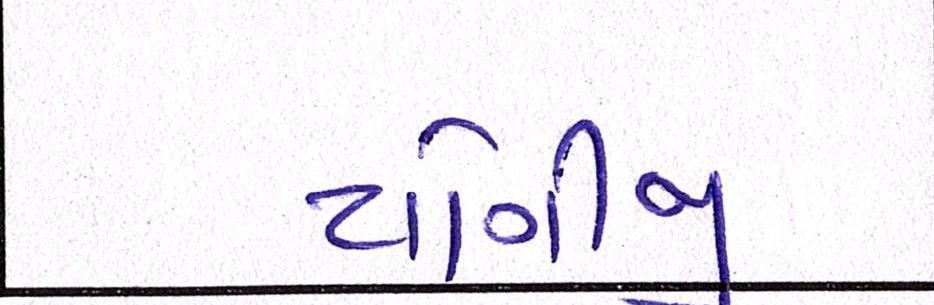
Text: યોગીજી